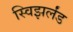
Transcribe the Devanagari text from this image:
स्विझर्लंड